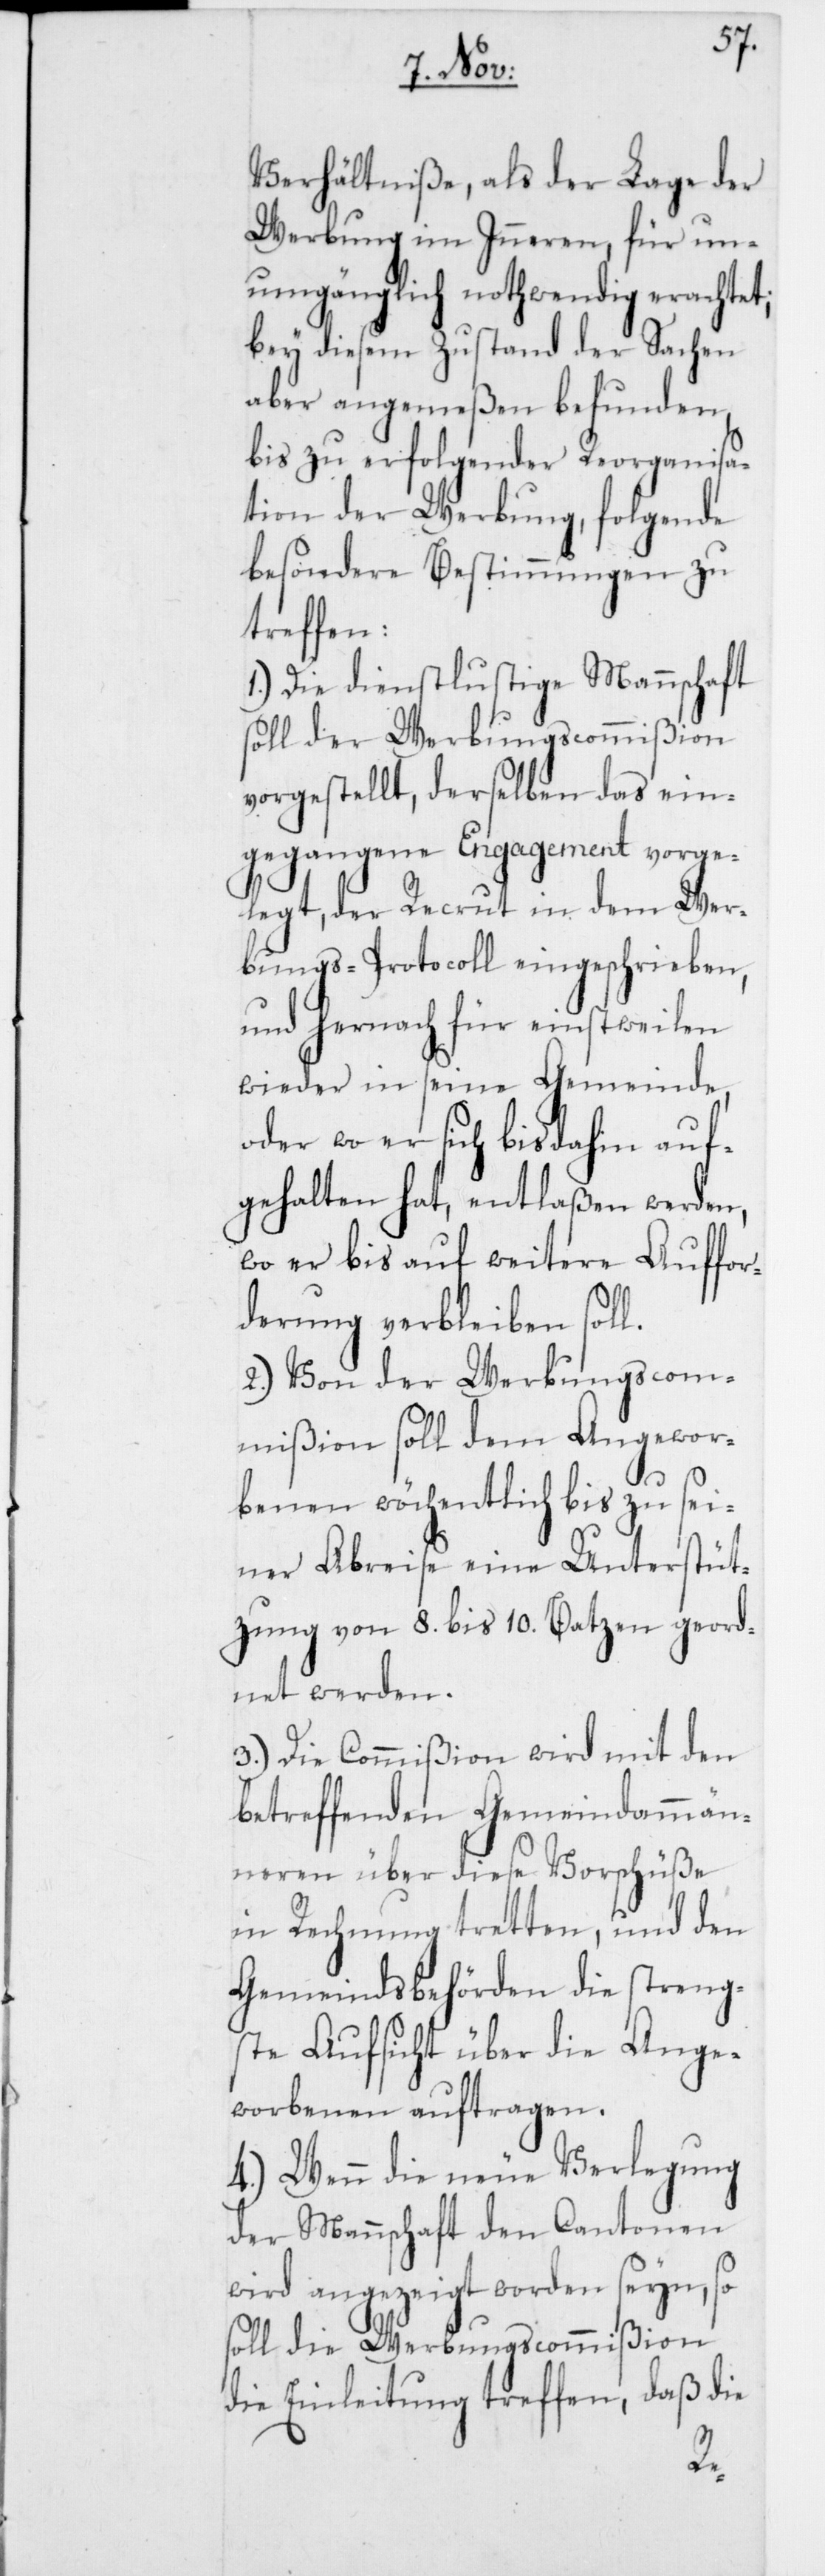
Verhältniße, als der Lage der
Werbung im Inneren, für un¬
umgänglich nothwendig erachtet;
bey diesem Zustand der Sachen
aber angemeßen befunden,
bis zu erfolgender Reorganisa¬
tion der Werbung, folgende
besondere Bestimmungen zu
treffen:
1.) Die dienstlustige Mannschaft
soll der Werbungscommißion
vorgestellt, derselben das ein¬
gegangene Engagement vorge¬
legt, der Recrut in dem Wer¬
bungs-Protocoll eingeschrieben,
und hernach für einstweilen
wieder in seine Gemeinde,
oder wo er sich bis dahin auf¬
gehalten hat, entlaßen werden,
wo er bis auf weitere Auffor¬
derung verbleiben soll.
2.) Von der Werbungscom¬
mißion soll dem Angewor¬
benen wöchentlich bis zu sei¬
ner Abreise eine Unterstüt¬
zung von 8. bis 10. Batzen geord¬
net werden.
3.) Die Commißion wird mit den
betreffenden Gemeindammän¬
neren über diese Vorschüße
in Rechnung tretten, und den
Gemeindsbehörden die streng¬
ste Aufsicht über die Ange¬
worbenen auftragen.
4.) Wenn die neue Verlegung
der Mannschaft den Cantonen
wird angezeigt worden seyn, so
soll die Werbungscommißion
die Einleitung treffen, daß die